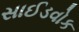
સાઈડવોક